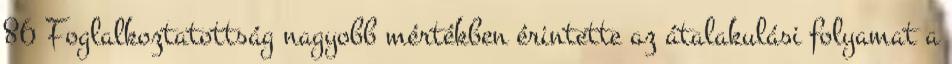
86 Foglalkoztatottság nagyobb mértékben érintette az átalakulási folyamat a